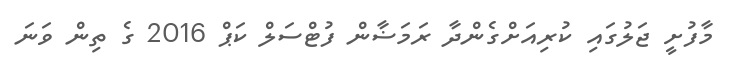
މާފުށީ ޖަލުގައި ކުރިއަށްގެންދާ ރަމަޟާން ފުޓްސަލް ކަޕް 2016 ގެ ތިން ވަނަ